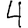
Digit: 4